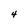
Character: 4